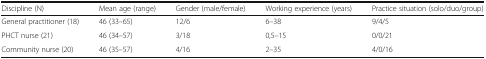
<table><thead><tr><td><b>Discipline (N)</b></td><td><b>Mean age (range)</b></td><td><b>Gender (male/female)</b></td><td><b>Working experience (years)</b></td><td><b>Practice situation (solo/duo/group)</b></td></tr></thead><tbody><tr><td>General practitioner (18)</td><td>46 (33–65)</td><td>12/6</td><td>6–38</td><td>9/4/5</td></tr><tr><td>PHCT nurse (21)</td><td>46 (34–57)</td><td>3/18</td><td>0,5–15</td><td>0/0/21</td></tr><tr><td>Community nurse (20)</td><td>46 (35–57)</td><td>4/16</td><td>2–35</td><td>4/0/16</td></tr></tbody></table>